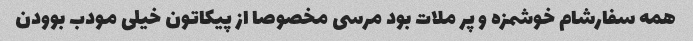
همه سفارشام خوشمزه و پر ملات بود مرسی مخصوصا از پیکاتون خیلی مودب بوودن